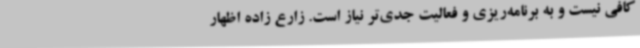
کافی نیست و به برنامه‌ریزی و فعالیت جدی‌تر نیاز است. زارع زاده اظهار